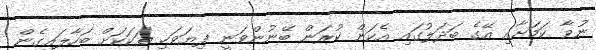
ނުވާ ކަމަށާއި އޭގެ ބަދަލުގައި އެކަން ކުރަން ބޭނުންވަނީ ފިޔަވަހި ތަކަކަށް ބަހާލައިގެން